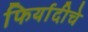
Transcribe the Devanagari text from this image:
फिर्यादीचे